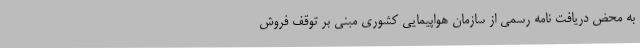
به محض دریافت نامه رسمی از سازمان هواپیمایی کشوری مبنی بر توقف فروش